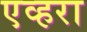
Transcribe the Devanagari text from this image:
एव्हरा